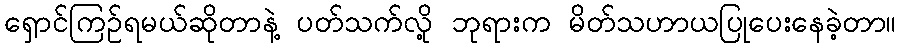
ရှောင်ကြဉ်ရမယ်ဆိုတာနဲ့ ပတ်သက်လို့ ဘုရားက မိတ်သဟာယပြုပေးနေခဲ့တာ။